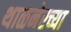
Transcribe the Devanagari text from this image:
थाळनेरच्या